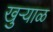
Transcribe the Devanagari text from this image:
खुऱ्याळ